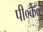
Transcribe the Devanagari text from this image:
पी०के०